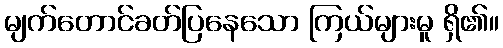
မျက်တောင်ခတ်ပြနေသော ကြယ်များမူ ရှိ၏။